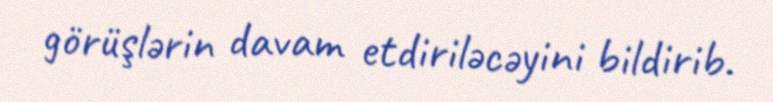
görüşlərin davam etdiriləcəyini bildirib.